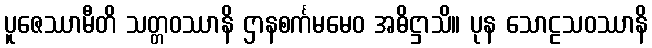
ပူဇေဿာမီတိ သတ္တဝဿာနိ ဌာနစင်္ကမမေဝ အဓိဋ္ဌာသိ။ ပုန သောဠသဝဿာနိ